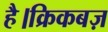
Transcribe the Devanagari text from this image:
है।क्रिकबज़